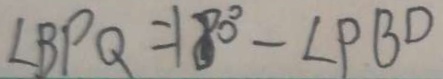
\angle B P Q = 1 8 0 ^ { \circ } - \angle P B D